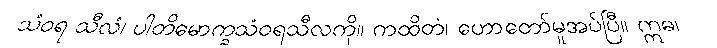
သံဝရ သီလံ၊ ပါတိမောက္ခသံဝရသီလကို။ ကထိတံ၊ ဟောတော်မူအပ်ပြီ။ ဣဓ၊